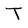
Character: T